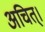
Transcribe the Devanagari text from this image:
अचित्‌।